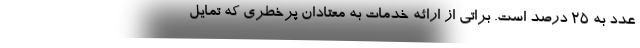
عدد به ۲۵ درصد است. براتی از ارائه خدمات به معتادان پرخطری که تمایل